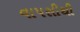
વાપસીથી